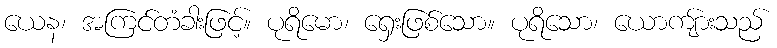
ယေန၊ အကြင်တံခါးဖြင့်။ ပုရိမော၊ ရှေးဖြစ်သော။ ပုရိသော၊ ယောကျ်ားသည်